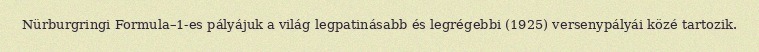
Nürburgringi Formula–1-es pályájuk a világ legpatinásabb és legrégebbi (1925) versenypályái közé tartozik.